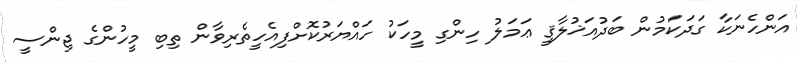
އަންހެނަކާ ގަދަކަމުން ބަދުއަޚުލާޤީ ޢަމަލު ހިންގި މީހަކު ހައްޔަރުކޮށްފިއެހީތެރިވާން ތިބި މީހުންގެ ޖިންސީ